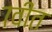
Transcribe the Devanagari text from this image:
७वीत